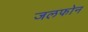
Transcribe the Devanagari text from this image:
जलफोन